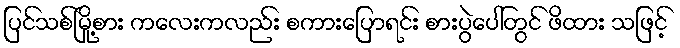
ပြင်သစ်မြို့စား ကလေးကလည်း စကားပြောရင်း စားပွဲပေါ်တွင် ဖိထား သဖြင့်